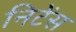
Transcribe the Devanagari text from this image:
निटेंस